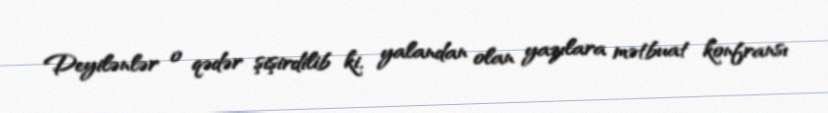
Deyilənlər o qədər şişirdilib ki, yalandan olan yazılara mətbuat konfransı